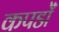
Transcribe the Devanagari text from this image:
कपडोँ